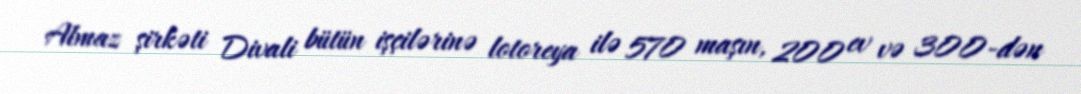
Almaz şirkəti Divali bütün işçilərinə lotoreya ilə 570 maşın, 200 ev və 300-dən